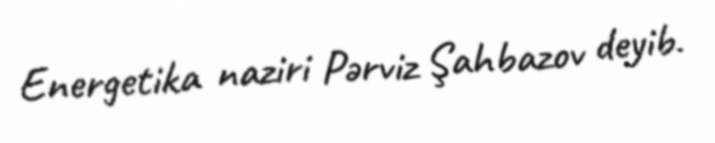
Energetika naziri Pərviz Şahbazov deyib.